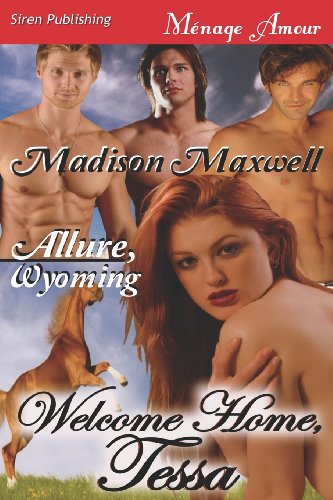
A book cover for Welcome Home, Tessa [Allure, Wyoming] (Siren Publishing Menage Amour); Madison Maxwell; Romance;